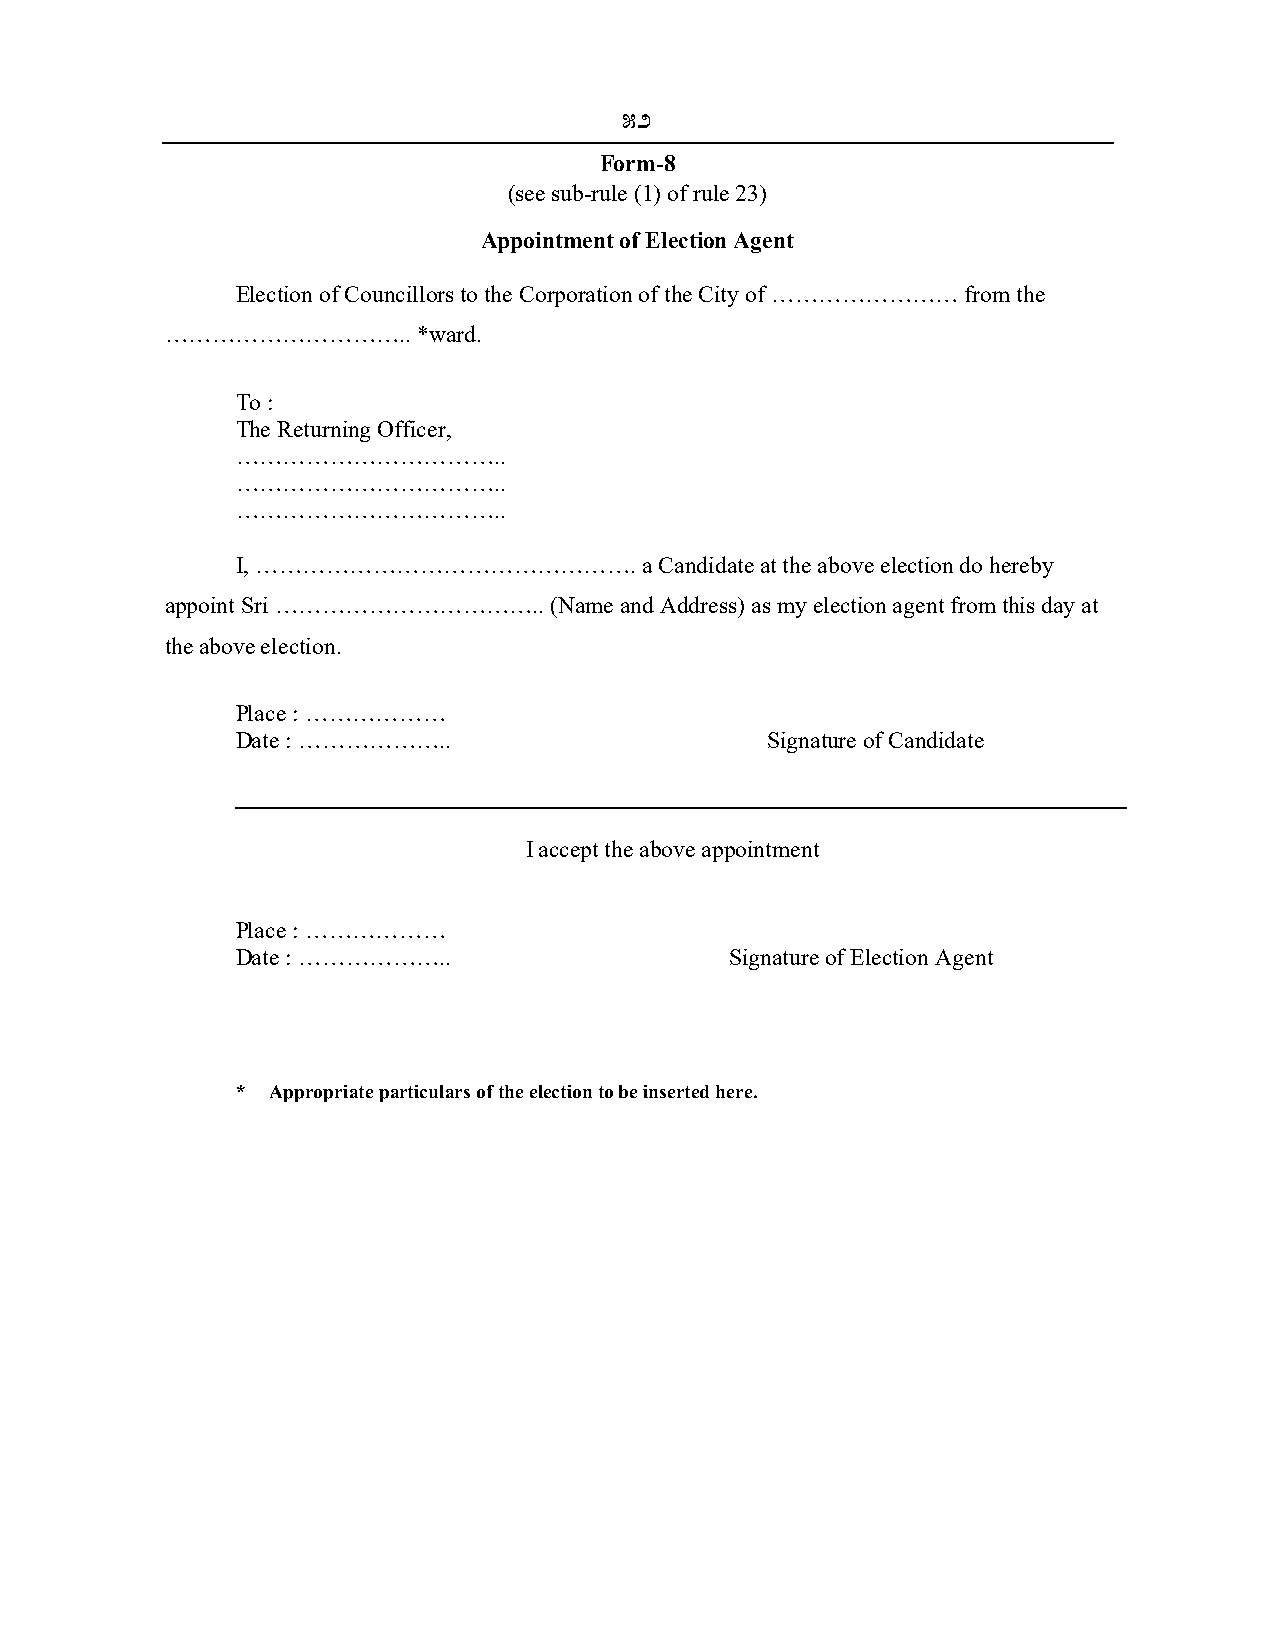
52
 Form-8
 (see sub-rule (1) of rule 23)
 Appointment of Election Agent
 Election of Councillors to the Corporation of the City of …………………… from the
 …………………………..     *ward.
 To :
 The Returning Officer,
 ……………………………..
 ……………………………..
 ……………………………..
 I, ………………………………………….       a Candidate at the above election do hereby
 appoint Sri …………………………….. (Name and Address) as my election agent from this day at
 the above election.
 Place : ………………
 Date : ………………..                    Signature of Candidate
 I accept the above appointment
 Place : ………………
 Date : ………………..                 Signature of Election Agent
 * Appropriate particulars of the election to be inserted here.